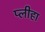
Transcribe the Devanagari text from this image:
प्‍लीहा